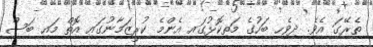
ތެރޭގަ އެވެ. ދިވެހި ބަހުގެ މަތިކޮޅުގައި އެންމެ ކުރީޒަމާނުގައި އޮތް މައި ބަސް